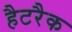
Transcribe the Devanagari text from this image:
हैटरैक